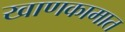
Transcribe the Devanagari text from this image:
खाणकामात